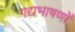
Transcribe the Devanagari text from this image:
गद्यभाषणों